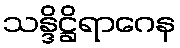
သန္ဒိဋ္ဌိရာဂေန